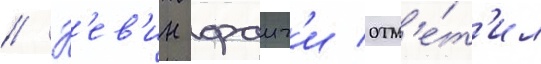
// К'ев'ин фаиг'и отм'е́т'ил